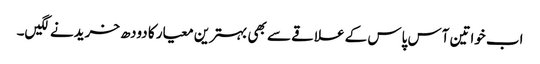
اب خواتین آس پاس کے علاقے سے بھی بہترین معیار کا دودھ خریدنے لگیں۔